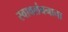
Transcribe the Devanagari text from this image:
स्वावलंबनाचा